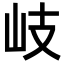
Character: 岐